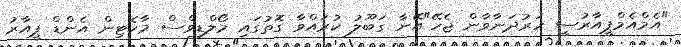
"އެމްއެމްޕީއާރުސީ ހަރުދަނާވާން ޖެހޭ"އޭނާ ގަބޫލު ކުރައްވާ ގޮތުގައި މޯލްޑިވްސް މާކެޓިން އެންޑް ޕީއާރު